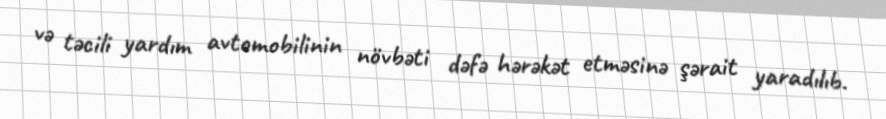
və təcili yardım avtomobilinin növbəti dəfə hərəkət etməsinə şərait yaradılıb.